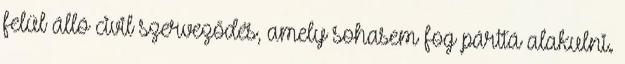
felül álló civil szerveződés, amely sohasem fog párttá alakulni.